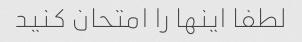
لطفا اینها را امتحان کنید